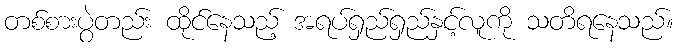
တစ်စားပွဲတည်း ထိုင်နေသည့် အရပ်ရှည်ရှည်နှင့်လူကို သတိရနေသည်။